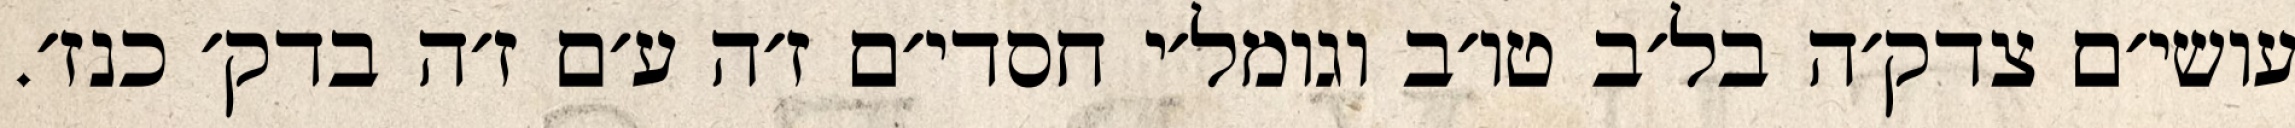
עושי׳ם צדק׳ה בל׳ב טו׳ב וגומל׳י חסדי׳ם ז׳ה ע׳ם ז׳ה בדק׳ כנז׳.